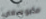
مابوسعي